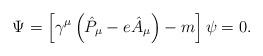
LaTeX: \begin{align*}\Psi =\left[ \gamma ^{\mu }\left( \hat{P}_{\mu }-e\hat{A}_{\mu }\right) -m\right] \psi =0. \end{align*}